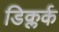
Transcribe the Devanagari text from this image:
डिक्लर्क